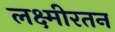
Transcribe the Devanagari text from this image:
लक्ष्मीरतन